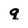
Character: q